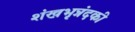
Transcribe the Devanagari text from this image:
शंखभृन्नंदकी